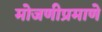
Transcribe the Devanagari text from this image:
मोजणीप्रमाणे